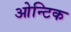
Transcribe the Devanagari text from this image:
ओन्टिक